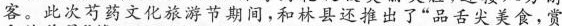
客。此次芍药文化旅游节期间，和林县还推出了 “品舌尖美食，赏